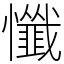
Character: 懺